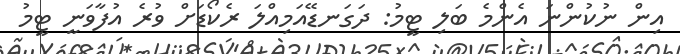
އިން ނުކުންނަ އެންމެ ބަލި ޓީމު: ދަގަނޑޭއަމިއްލަ ރެކޯޑަށް ވުރެ އުފާވަނީ ޓީމު